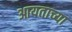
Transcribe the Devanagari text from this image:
आयताच्या